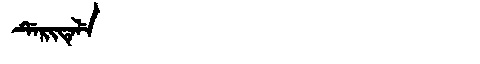
Manchu: ᡩᡝᡵᡳᡨᡝᠯᡝ
Romanization: DERITELE